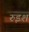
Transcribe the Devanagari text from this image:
रुइश